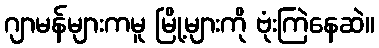
ဂျာမန်များကမူ မြို့များကို ဗုံးကြဲနေဆဲ။